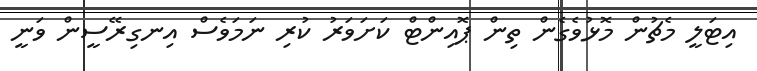
އިޓަލީ މެޗުން މޮޅުވެގެން ތިން ޕޮއިންޓް ކަށަވަރު ކުރި ނަމަވެސް އިނގިރޭސީން ވަނީ